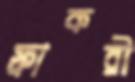
ফাকরী